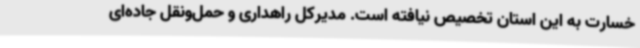
خسارت به این استان تخصیص نیافته است. مدیرکل راهداری و حمل‌ونقل جاده‌ای